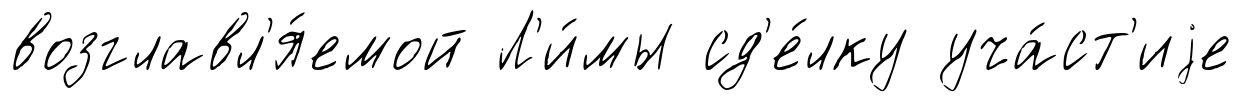
возглавл'я́емой Л'и́мы сд'е́лку уча́ст'иjе